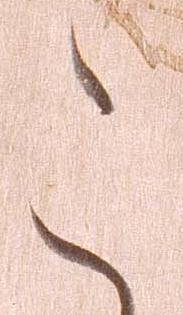
こ